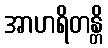
အာဟရိတန္တိ